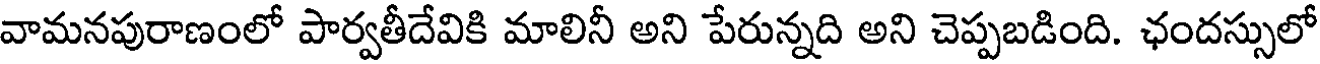
వామనపురాణంలో పార్వతీదేవికి మాలినీ అని పేరున్నది అని చెప్పబడింది. ఛందస్సులో